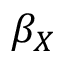
\beta _ { X }